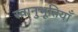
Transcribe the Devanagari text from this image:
स्वानुभूतियाँ